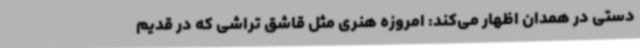
دستی در همدان اظهار می‌کند: امروزه هنری مثل قاشق تراشی که در قدیم